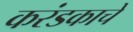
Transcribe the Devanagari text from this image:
करंडकाचे